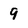
Character: 9